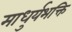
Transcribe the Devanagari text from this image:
माधुर्यभक्ति